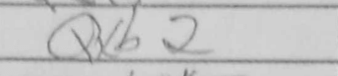
Transcription: Qxb2